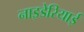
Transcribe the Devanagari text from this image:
नाइडेरियाई